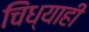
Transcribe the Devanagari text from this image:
चिंध्याही